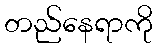
တည်နေရာကို